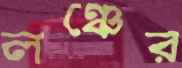
লঞ্চের